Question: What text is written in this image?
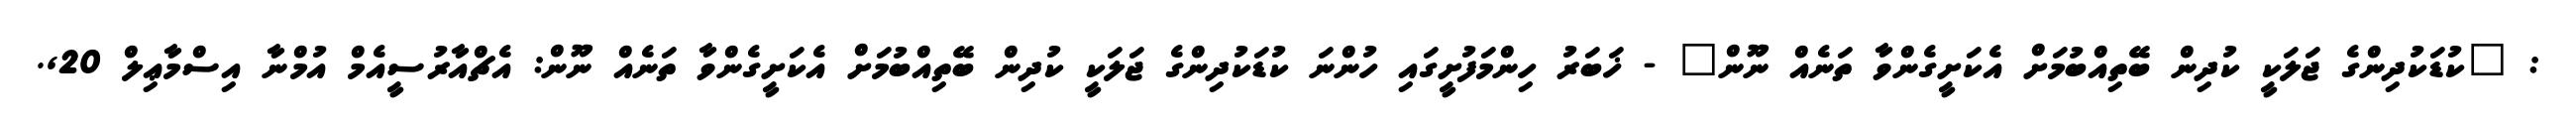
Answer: : "ކުޑަކުދިންގެ ޖަލަކީ ކުދިން ބޭތިއްބުމަށް އެކަށީގެންވާ ތަނެއް ނޫން" - ޚަބަރު ހިންމަފުށީގައި ހުންނަ ކުޑަކުދިންގެ ޖަލަކީ ކުދިން ބޭތިއްބުމަށް އެކަށީގެންވާ ތަނެއް ނޫން: އެޗްއާރުސީއެމް އުމްނާ އިސްމާޢިލް 20,.